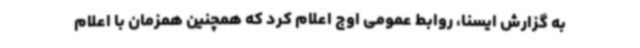
به گزارش ایسنا، روابط عمومی اوج اعلام کرد که همچنین همزمان با اعلام